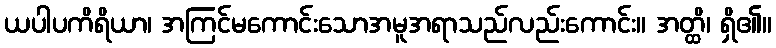
ယပါပကိရိယာ၊ အကြင်မကောင်းသောအမူအရာသည်လည်းကောင်း။ အတ္ထိ၊ ရှိ၏။